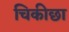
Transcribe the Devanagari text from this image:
चिकीछा